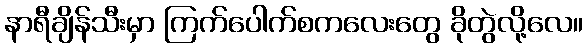
နာရီချိန်သီးမှာ ကြက်ပေါက်စကလေးတွေ ခိုတွဲလို့လေ။